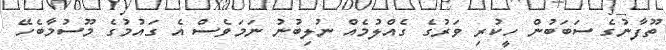
ތޫފާނުގެ ސަބަބުން ހީކުރި ވަރުގެ ގެއްލުމެއް ނުލިބުނު ނަމަވެސް އެ ގައުމުގެ މޫސުމާބެހޭ